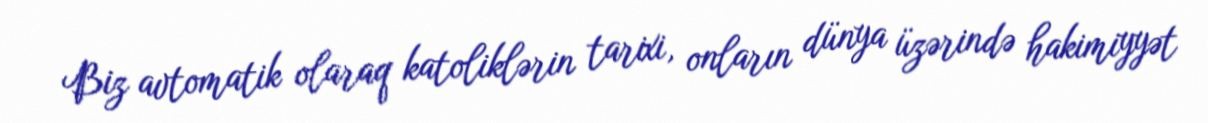
Biz avtomatik olaraq katoliklərin tarixi, onların dünya üzərində hakimiyyət